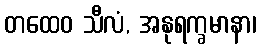
တထေဝ သီလံ, အနုရက္ခမာနာ၊